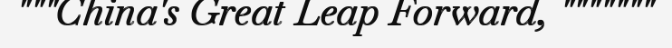
"""China's Great Leap Forward, """""""